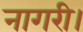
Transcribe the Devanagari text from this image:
नागरी।